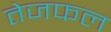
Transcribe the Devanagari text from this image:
तेजफल